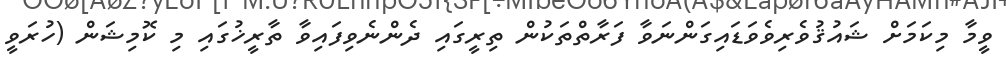
ވީމާ މިކަމަށް ޝައުޤުވެރިވެވަޑައިގަންނަވާ ފަރާތްތަކުން ތިރީގައި ދެންނެވިފައިވާ ތާރީޚުގައި މި ކޮމިޝަން (ހުރަވީ